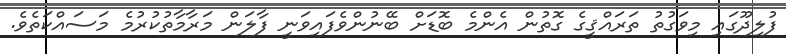
ފުލިދޫގައި މިވަގުތު ތަރައްޤީގެ ގޮތުން އެންމެ ބޮޑަށް ބޭނުންވެފައިވަނީ ފާލަން މަރާމާތުކުރުމެ މަސައްކަތެވެ.